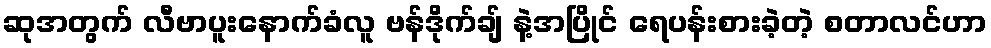
ဆုအတွက် လီဗာပူးနောက်ခံလူ ဗန်ဒိုက်ချ် နဲ့အပြိုင် ရေပန်းစားခဲ့တဲ့ စတာလင်ဟာ